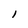
Character: l